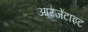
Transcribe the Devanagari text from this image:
आरजेंटाइट